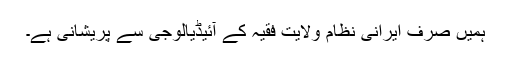
ہمیں صرف ایرانى نظام ولایت فقیہ کے آئیڈیالوجى سے پریشانی ہے۔